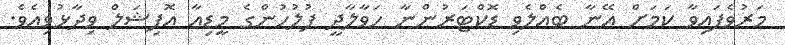
މަރުވެފައިވާ ކަމަށް އޭނާ ބެއްލެވި ޑޮކްޓަރުންނާ ހަވާލާދީ ފުލުހުންގެ މީޑިއާ އޮފިޝަލް ވިދާޅުވިއެވެ.